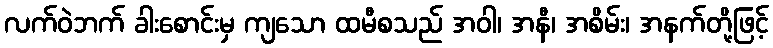
လက်ဝဲဘက် ခါးစောင်းမှ ကျသော ထမီစသည် အဝါ၊ အနီ၊ အစိမ်း၊ အနက်တို့ဖြင့်